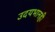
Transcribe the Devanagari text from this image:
उदयभानही